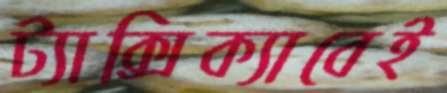
ট্যাক্সিক্যাবেই